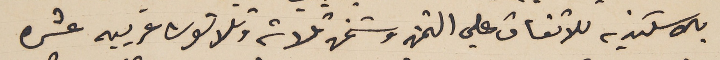
بالاسكندريه للاتفاق علي الثمن وشحن ثلاثة وثلاثون عربيه عشره